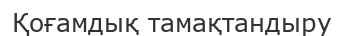
Қоғамдық тамақтандыру